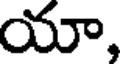
యా,